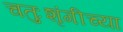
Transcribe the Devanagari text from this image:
चतुःशृंगीच्या